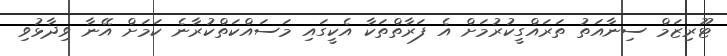
ޓޫރިޒަމް ސިނާއަތު ތަރައްގީކުރުމަށް އެ ފަރާތްތަކާ އެކީގައި މަސައްކަތްކުރާނެ ކަމަށް އޭނާ ވިދާޅުވި